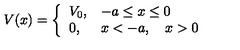
V ( x ) = \left\{ \begin{array} { l l } { V _ { 0 } , } & { - a \le x \le 0 } \\ { 0 , } & { x < - a , \quad x > 0 } \\ \end{array} \right.